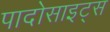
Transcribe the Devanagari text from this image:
पादोसाइट्स